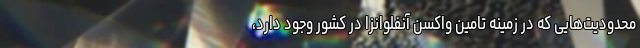
محدودیت‌هایی که در زمینه تامین واکسن آنفلوانزا در کشور وجود دارد،